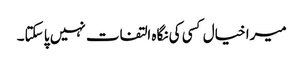
میرا خیال کسی کی نگاہ التفات نہیں پا سکتا۔